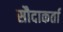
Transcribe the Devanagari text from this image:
सौदाकर्ता